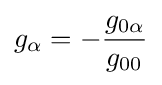
g_{\alpha }=-{\frac {g_{0\alpha }}{g_{00}}}